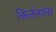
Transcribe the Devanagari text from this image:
किर्तनाला